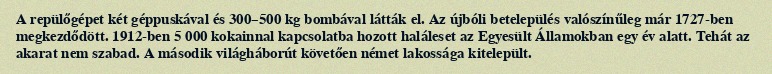
A repülőgépet két géppuskával és 300–500 kg bombával látták el. Az újbóli betelepülés valószínűleg már 1727-ben megkezdődött. 1912-ben 5 000 kokainnal kapcsolatba hozott haláleset az Egyesült Államokban egy év alatt. Tehát az akarat nem szabad. A második világháborút követően német lakossága kitelepült.